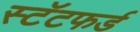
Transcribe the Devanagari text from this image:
स्टॅटफर्ड